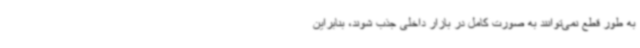
به طور قطع نمی‌توانند به صورت کامل در بازار داخلی جذب شوند، بنابراین